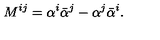
M ^ { i j } = \alpha ^ { i } \bar { \alpha } ^ { j } - \alpha ^ { j } \bar { \alpha } ^ { i } .